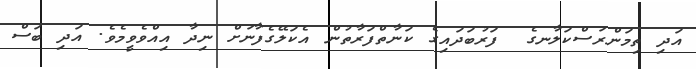
އަދި ތިމަންރަސްކަލާނގެ  ފަރުބަދައިގެ ކަނާތްފަރާތުން އެކަލޭގެފާނަށް ނިދާ އިއްވެވީމެވެ. އަދި ބަސް